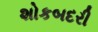
શોકબદરી